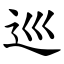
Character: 巡